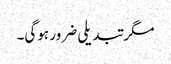
مگر تبدیلی ضرور ہوگی۔